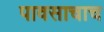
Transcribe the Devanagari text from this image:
पावसाचाच